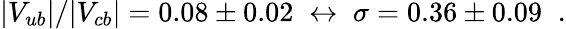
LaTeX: |V_{ub}|/|V_{cb}|=0.08\pm 0.02\; \leftrightarrow\; \sigma=0.36\pm 0.09\; \; .